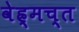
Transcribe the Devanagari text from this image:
वेह्र्मच्त